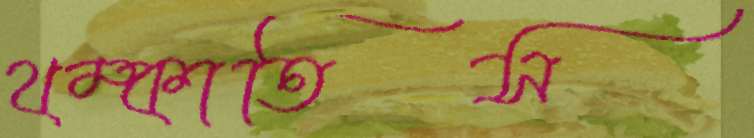
থম্‌কাতিস